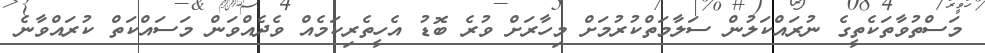
މަސްތުވާތަކެތީގެ ނުރައްކަލުން ސަލާމަތްކުރުމަށް މިހާރަށް ވުރެ ބޮޑު އެހީތެރިކަމެއް ވެދެއްވަން މަސައްކަތް ކުރައްވާނެ